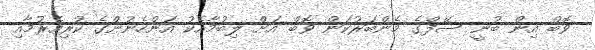
ވޮބް އިން ބުނީ ސޭފްގެ މެންބަރުކަން ވޮބް އަށް ލިބުމާއެކު އަންހެނުންގެ ކުރިއެރުމާއި